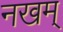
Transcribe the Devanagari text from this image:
नखम्